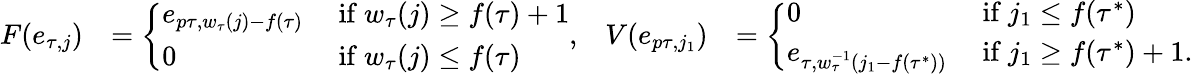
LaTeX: \begin{array}{rlrl}{F(e_{\tau,j})}&{=\left\{ \begin{array}{ll}{e_{p\tau,w_{\tau}(j)-f(\tau)}}&{\mathrm{~if~}w_{\tau}(j)\geq f(\tau)+1}\\ {0}&{\mathrm{~if~}w_{\tau}(j)\leq f(\tau)}\end{array}\right.,}&{V(e_{p\tau,j_{1}})}&{=\left\{ \begin{array}{ll}{0}&{\mathrm{~if~}j_{1}\leq f(\tau^{*})}\\ {e_{\tau,w_{\tau}^{-1}(j_{1}-f(\tau^{*}))}}&{\mathrm{~if~}j_{1}\geq f(\tau^{*})+1.}\end{array}\right.}\end{array}